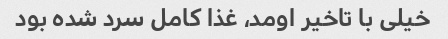
خیلی با تاخیر اومد، غذا کامل سرد شده بود